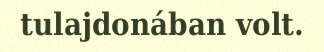
tulajdonában volt.